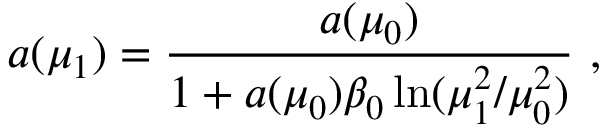
a ( \mu _ { 1 } ) = \frac { a ( \mu _ { 0 } ) } { 1 + a ( \mu _ { 0 } ) \beta _ { 0 } \ln ( \mu _ { 1 } ^ { 2 } / \mu _ { 0 } ^ { 2 } ) } \ ,